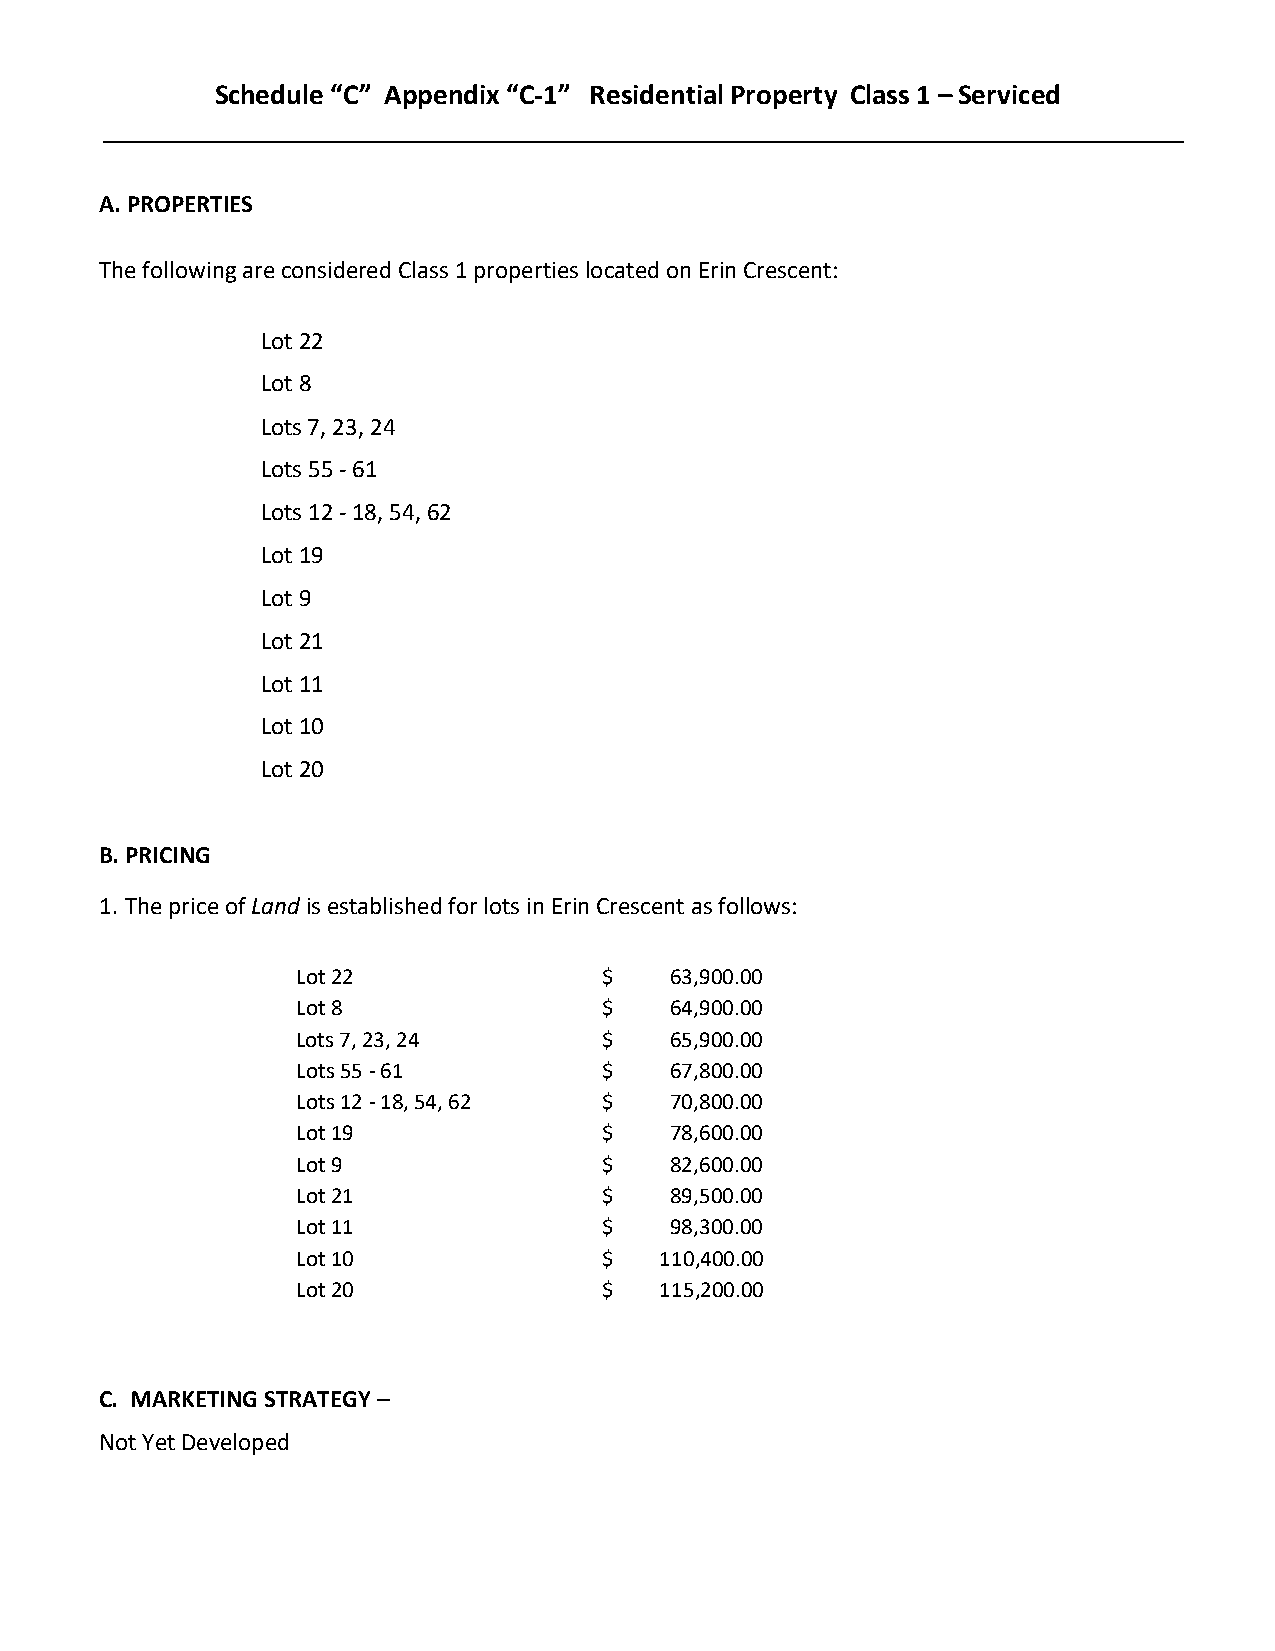
Schedule “C” Appendix “C‐1” Residential Property Class 1 – Serviced
 A. PROPERTIES
 The following are considered Class 1 properties located on Erin Crescent:
 Lot 22
 Lot 8
 Lots 7, 23, 24
 Lots 55 ‐ 61
 Lots 12 ‐ 18, 54, 62
 Lot 19
 Lot 9
 Lot 21
 Lot 11
 Lot 10
 Lot 20
 B. PRICING
 1. The price of Land is established for lots in Erin Crescent as follows:
 Lot 22              $   63,900.00
 Lot 8               $   64,900.00
 Lots 7, 23, 24      $   65,900.00
 Lots 55 ‐ 61        $   67,800.00
 Lots 12 ‐ 18, 54, 62 $  70,800.00
 Lot 19              $   78,600.00
 Lot 9               $   82,600.00
 Lot 21              $   89,500.00
 Lot 11              $   98,300.00
 Lot 10              $   110,400.00
 Lot 20              $   115,200.00
 C. MARKETING STRATEGY –
 Not Yet Developed